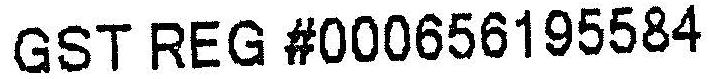
GST REG #000656195584